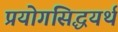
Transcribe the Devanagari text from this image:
प्रयोगसिद्धयर्थ